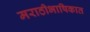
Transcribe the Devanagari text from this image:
मराठीभाषिकात